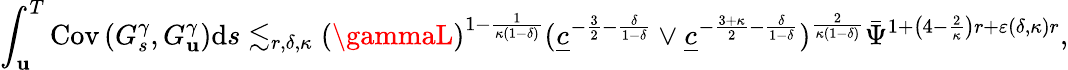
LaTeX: \int_{\mathbf{u}}^{T}\mathrm{{Cov}}\left(G_{s}^{\gamma},G_{\mathbf{u}}^{\gamma}\right)\mathrm{{d}}s\lesssim_{r,\delta,\kappa}(\gammaL)^{1-\frac{{1}}{{\kappa(1-\delta)}}}(\underline{{{c}}}^{-\frac{{3}}{{2}}-\frac{{\delta}}{{1-\delta}}}\vee\underline{{{c}}}^{-\frac{{3+\kappa}}{{2}}-\frac{{\delta}}{{1-\delta}}})^{\frac{{2}}{{\kappa(1-\delta)}}}\bar{{\Psi}}^{1+\left(4-\frac{{2}}{{\kappa}}\right)r+\varepsilon(\delta,\kappa)r},